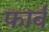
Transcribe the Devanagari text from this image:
फार्व